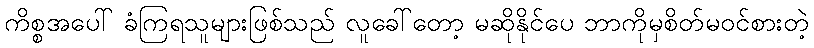
ကိစ္စအပေါ် ခံကြရသူများဖြစ်သည် လူခေါ်တော့ မဆိုနိုင်ပေ ဘာကိုမှစိတ်မဝင်စားတဲ့